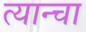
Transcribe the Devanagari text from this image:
त्यान्चा